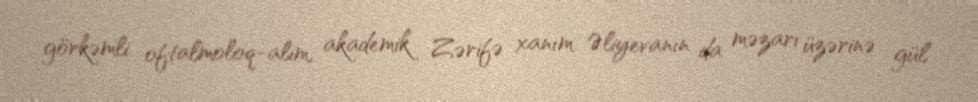
görkəmli oftalmoloq-alim, akademik Zərifə xanım Əliyevanın da məzarı üzərinə gül